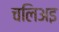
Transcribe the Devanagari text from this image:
चलिअइ